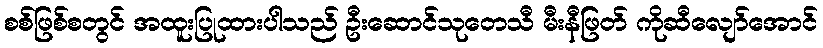
စစ်ဖြစ်စတွင် အထူးပြုထားပါသည် ဦးဆောင်သုတေသီ မီးနီဖြတ် ကိုဆီလျော်အောင်